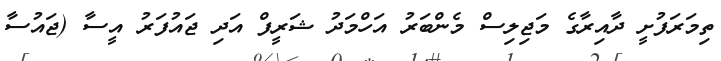
ތިމަރަފުށީ ދާއިރާގެ މަޖިލިސް މެންބަރު އަހްމަދު ޝަރީފް އަދި ޖައުފަރު އީސާ (ޖައުސާ